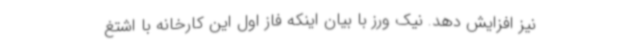
نیز افزایش دهد. نیک ورز با بیان اینکه فاز اول این کارخانه با اشتغ